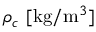
\rho _ { c } ~ [ \mathrm { k g } / \mathrm { m } ^ { 3 } ]